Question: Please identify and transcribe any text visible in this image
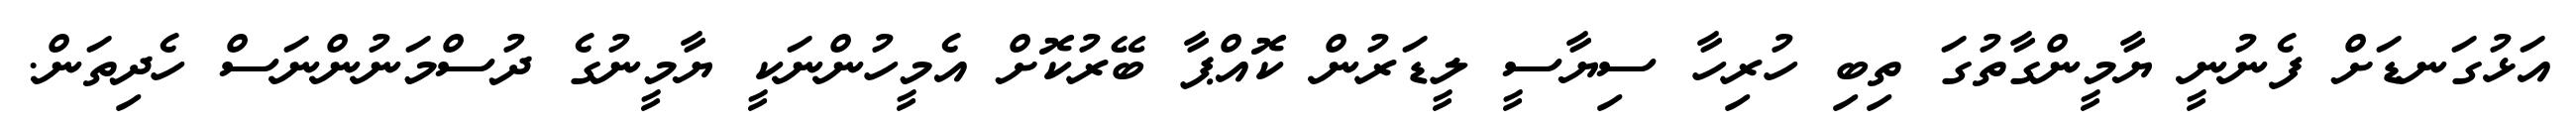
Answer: އަޅުގަނޑަށް ފެނުނީ ޔާމީންގާތުގަ ތިބި ހުރިހާ ސިޔާސީ ލީޑަރުން ކޮއްޕާ ބޭރުކޮށް އެމީހުންނަކީ ޔާމީނުގެ ދުސްމަނުންނަސް ހެދިތަން.